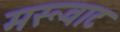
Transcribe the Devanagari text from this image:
मरूवाट